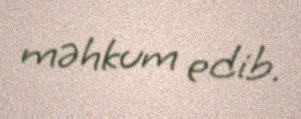
məhkum edib.